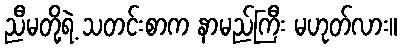
ညီမတို့ရဲ့ သတင်းစာက နာမည်ကြီး မဟုတ်လား။